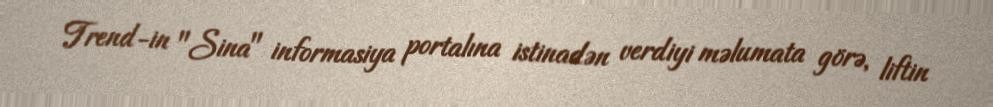
Trend-in "Sina" informasiya portalına istinadən verdiyi məlumata görə, liftin